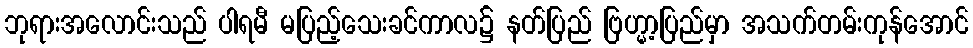
ဘုရားအလောင်းသည် ပါရမီ မပြည့်သေးခင်ကာလ၌ နတ်ပြည် ဗြဟ္မာ့ပြည်မှာ အသက်တမ်းကုန်အောင်